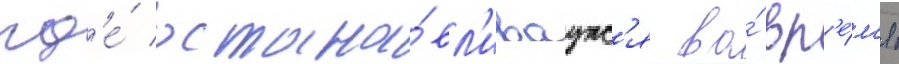
гд'е́ остана́вл'иваутс'я во́ вр'е́м'я